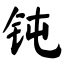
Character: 钝